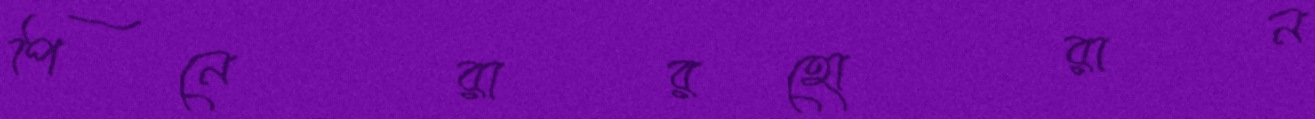
পিনেরারহোরান